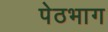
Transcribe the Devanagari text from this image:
पेठभाग